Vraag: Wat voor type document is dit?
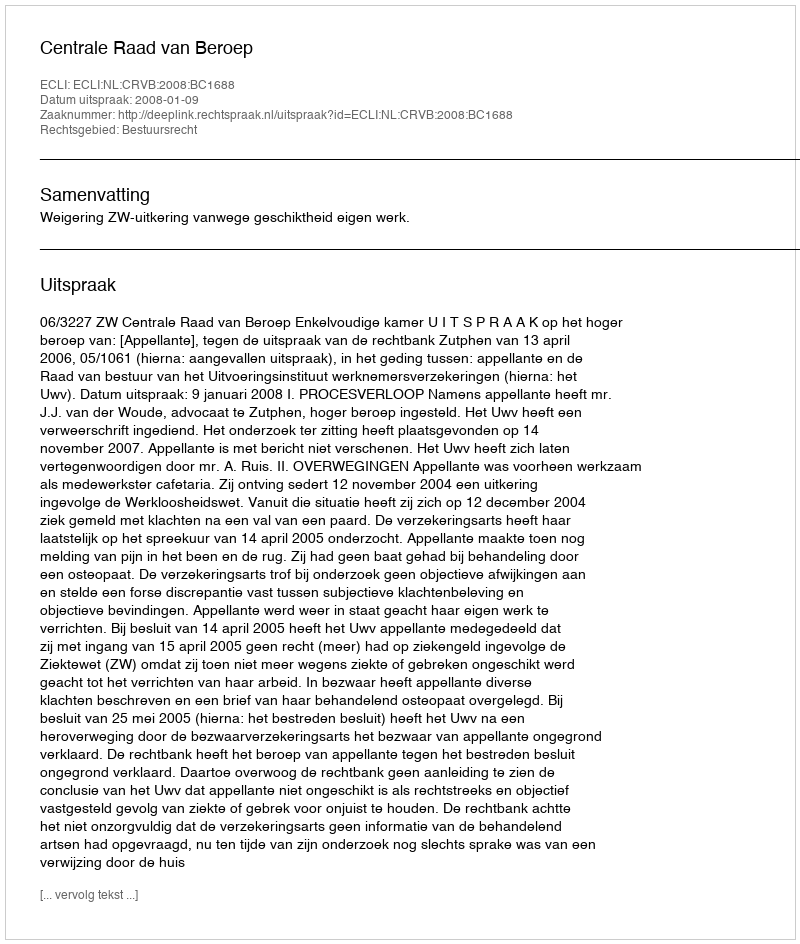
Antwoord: Uitspraak